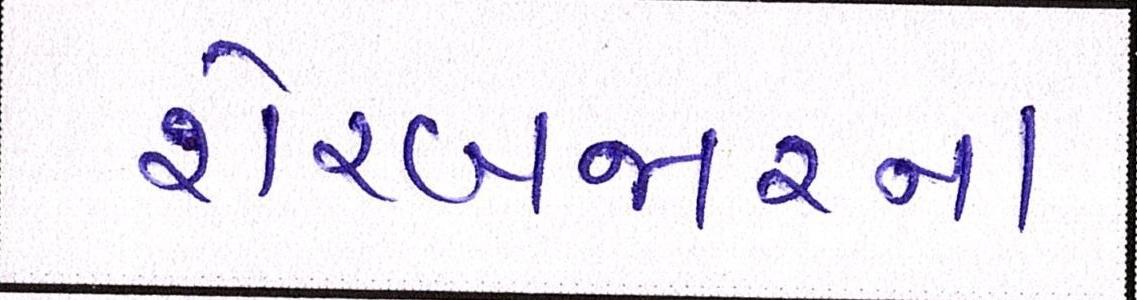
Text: શેરબજારના